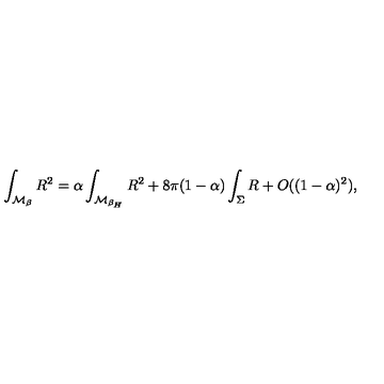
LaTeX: \int _ { { \cal M } _ { \beta } } R ^ { 2 } = \alpha \int _ { { \cal M } _ { \beta _ { H } } } R ^ { 2 } + 8 \pi ( 1 - \alpha ) \int _ { \Sigma } R + O ( ( 1 - \alpha ) ^ { 2 } ) ,